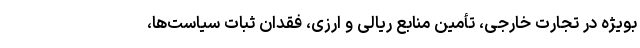
بویژه در تجارت خارجی، تأمین منابع ریالی و ارزی، فقدان ثبات سیاست‌ها،